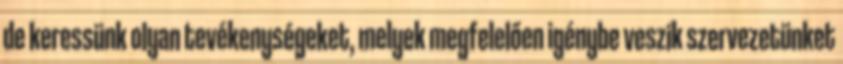
de keressünk olyan tevékenységeket, melyek megfelelően igénybe veszik szervezetünket